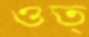
ওত্